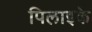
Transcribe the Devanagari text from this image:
पिलाइके